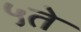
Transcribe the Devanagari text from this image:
५ते